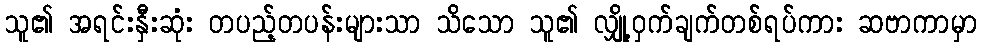
သူ၏ အရင်းနှီးဆုံး တပည့်တပန်းများသာ သိသော သူ၏ လျှို့ဝှက်ချက်တစ်ရပ်ကား ဆဗာကာမှာ